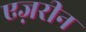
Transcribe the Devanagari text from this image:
एज़रीन